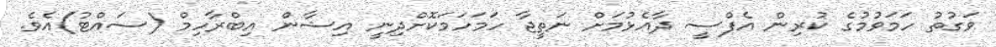
ވަގުތު ހަމަވުމުގެ ކުރިން އެފްސީ ދާއެޅުމަށް ނަތީޖާ ހަމަހަމަކޮށްދިނީ އިޝާން އިބްރާހިމް (ސައްޓު)އެވެ.